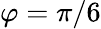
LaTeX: \varphi=\pi/6